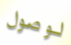
لوصول